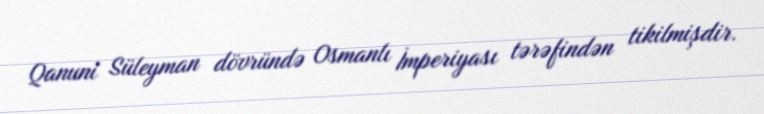
Qanuni Süleyman dövründə Osmanlı İmperiyası tərəfindən tikilmişdir.